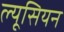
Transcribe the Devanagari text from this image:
ल्यूसियन